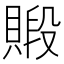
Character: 𧷃